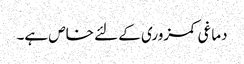
دماغی کمزوری کے لئے خاص ہے۔